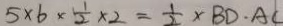
5 \times 6 \times \frac { 1 } { 2 } \times 2 = \frac { 1 } { 2 } \times B D \cdot A C